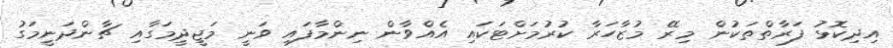
އިދިކޮޅު ފަރާތްތަކުން މިރޭ މުޒާހަރާ ކުރުމަށްޓަކައި އެއްވާން ނިންމާފައި ވަނީ މަޖީދީމަގާއި ޗާންދަނީމަގު